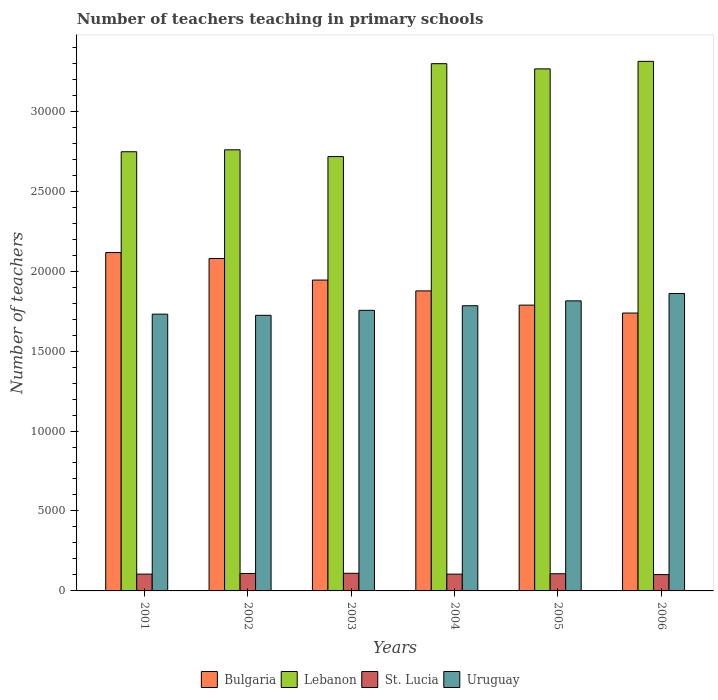
| Years | Bulgaria | Lebanon | St. Lucia | Uruguay |
 | --- | --- | --- | --- | --- |
 | 2001 | 2.12e+04 | 2.75e+04 | 1.05e+03 | 1.73e+04 |
 | 2002 | 2.08e+04 | 2.76e+04 | 1.09e+03 | 1.72e+04 |
 | 2003 | 1.94e+04 | 2.72e+04 | 1.1e+03 | 1.75e+04 |
 | 2004 | 1.88e+04 | 3.3e+04 | 1.05e+03 | 1.78e+04 |
 | 2005 | 1.79e+04 | 3.26e+04 | 1.07e+03 | 1.81e+04 |
 | 2006 | 1.74e+04 | 3.31e+04 | 1.02e+03 | 1.86e+04 |